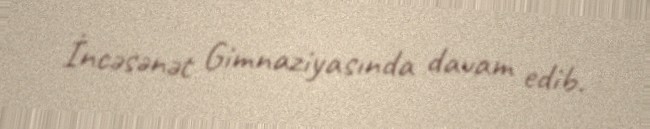
İncəsənət Gimnaziyasında davam edib.